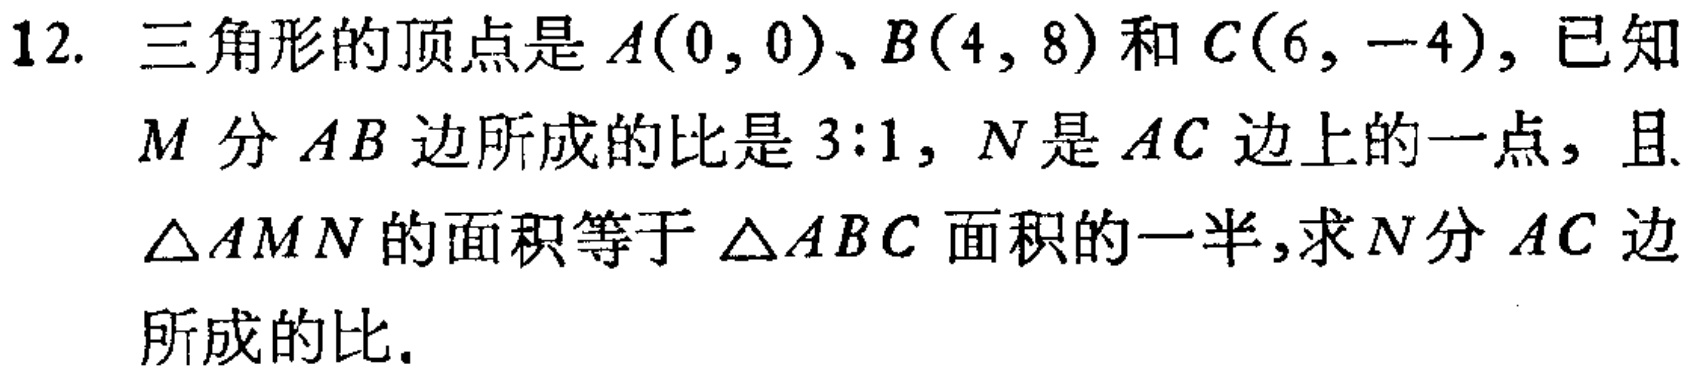
12. 三角形的顶点是\(A(0,0)\)、\(B(4,8)\)和\(C(6,-4)\)，已知\(M\)分\(AB\)边所成的比是\(3:1\)，\(N\)是\(AC\)边上的一点，且\(\triangle AMN\)的面积等于\(\triangle ABC\)面积的一半，求\(N\)分\(AC\)边所成的比.